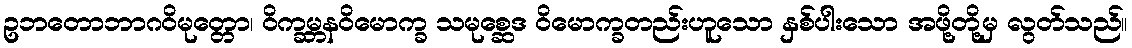
ဥဘတောဘာဂဝိမုတ္တော၊ ဝိက္ခမ္ဘနဝိမောက္ခ သမုစ္ဆေဒ ဝိမောက္ခတည်းဟူသော နှစ်ပါးသော အဖို့တို့မှ လွတ်သည်။